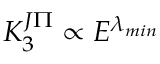
K _ { 3 } ^ { J \Pi } \propto E ^ { \lambda _ { m i n } }